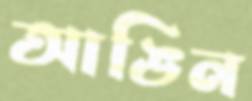
আঙিন